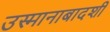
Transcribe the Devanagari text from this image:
उस्मानाबादशी